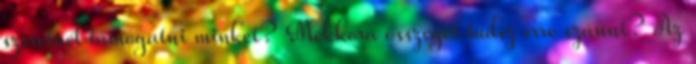
szeretnél támogatni minket? Mekkora összeget tudsz erre szánni? Az